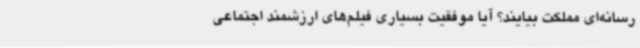
رسانه‌ای مملکت بیایند؟ آیا موفقیت بسیاری فیلم‌های ارزشمند اجتماعی